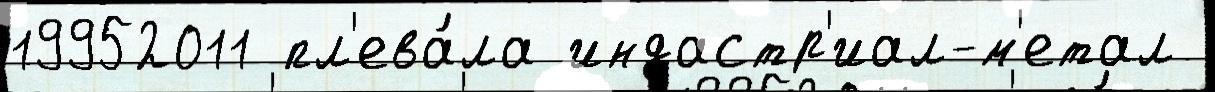
19952011 пл'ева́ла индастр'иал-м'етал